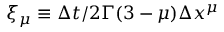
\xi _ { \mu } \equiv \Delta t / 2 \Gamma ( 3 - \mu ) \Delta x ^ { \mu }